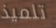
تلميذ